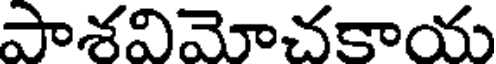
పాశవిమోచకాయ